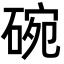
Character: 碗